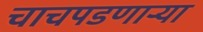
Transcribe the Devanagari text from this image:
चाचपडणाऱ्या